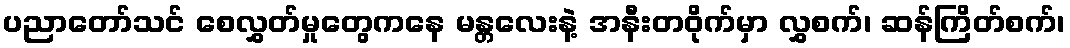
ပညာတော်သင် စေလွှတ်မှုတွေကနေ မန္တလေးနဲ့ အနီးတဝိုက်မှာ လွှစက်၊ ဆန်ကြိတ်စက်၊